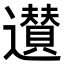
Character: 𨘧